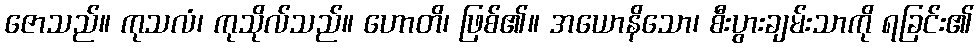
ဇောသည်။ ကုသလံ၊ ကုသိုလ်သည်။ ဟောတိ၊ ဖြစ်၏။ အယောနိသော၊ စီးပွားချမ်းသာကို ရခြင်း၏